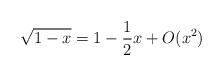
LaTeX: \begin{align*}\sqrt{1-x}=1-\frac{1}{2}x+O(x^{2})\end{align*}